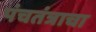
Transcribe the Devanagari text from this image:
पंचतंत्राचा